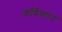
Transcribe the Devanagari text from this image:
कर्बिस्तान